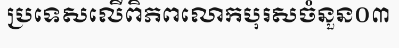
ប្រទេសលើពិភពលោកបុរសចំនួន០៣